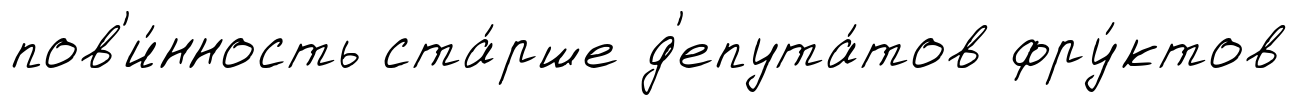
пов'и́нность ста́рше д'епута́тов фру́ктов